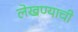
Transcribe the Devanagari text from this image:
लेखण्याची